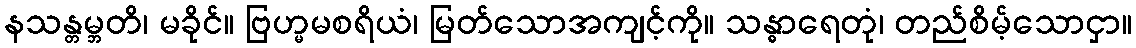
နသန္တမ္ဘတိ၊ မခိုင်။ ဗြဟ္မမစရိယံ၊ မြတ်သောအကျင့်ကို။ သန္ဓာရေတုံ၊ တည်စိမ့်သောငှာ။